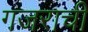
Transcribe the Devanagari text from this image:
गजराची